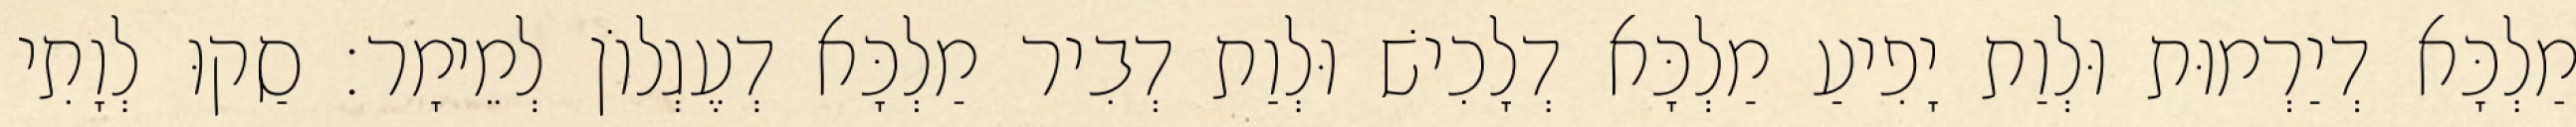
מַלְכָּא דְיַרְמוּת וּלְוַת יָפִיעַ מַלְכָּא דְלָכִישׁ וּלְוַת דְבִיר מַלְכָּא דְעֶגְלוֹן לְמֵימָר׃ סַקוּ לְוָתִי